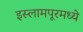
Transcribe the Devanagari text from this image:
इस्लामपूरमध्ये